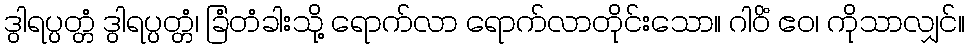
ဒွါရပ္ပတ္တံ ဒွါရပ္ပတ္တံ၊ ခြံတံခါးသို့ ရောက်လာ ရောက်လာတိုင်းသော။ ဂါဝိံ ဧဝ၊ ကိုသာလျှင်။